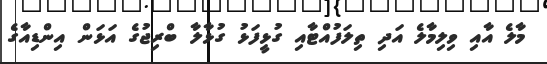
މާލެ އާއި ވިލިމާލެ އަދި ތިލަފުއްޓާއި ގުޅީފަޅު ގުޅާލާ ބްރިޖުގެ އަޅަން އިންޑިއާގެ